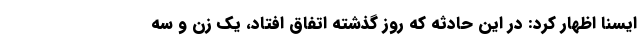
ایسنا اظهار کرد: در این حادثه که روز گذشته اتفاق افتاد، یک زن و سه